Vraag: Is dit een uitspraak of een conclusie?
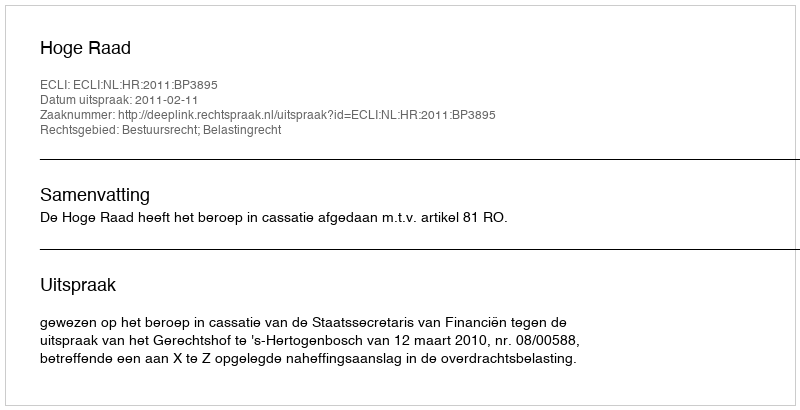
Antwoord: Uitspraak